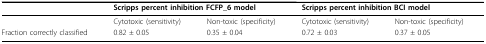
|  | <COLSPAN=2> Scripps percent inhibition FCFP_6 model | <COLSPAN=2> Scripps percent inhibition BCI model |
 | --- | --- | --- | --- | --- |
 |  | Cytotoxic (sensitivity) | Non-toxic (specificity) | Cytotoxic (sensitivity) | Non-toxic (specificity) |
 | Fraction correctly classified | 0.82 ± 0.05 | 0.35 ± 0.04 | 0.72 ± 0.03 | 0.37 ± 0.05 |